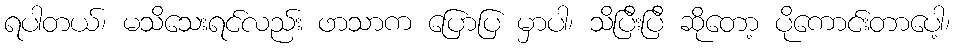
ရပါတယ်၊ မသိသေးရင်လည်း ဖာသာက ပြောပြ မှာပါ၊ သိပြီးပြီ ဆိုတော့ ပိုကောင်းတာပေါ့၊